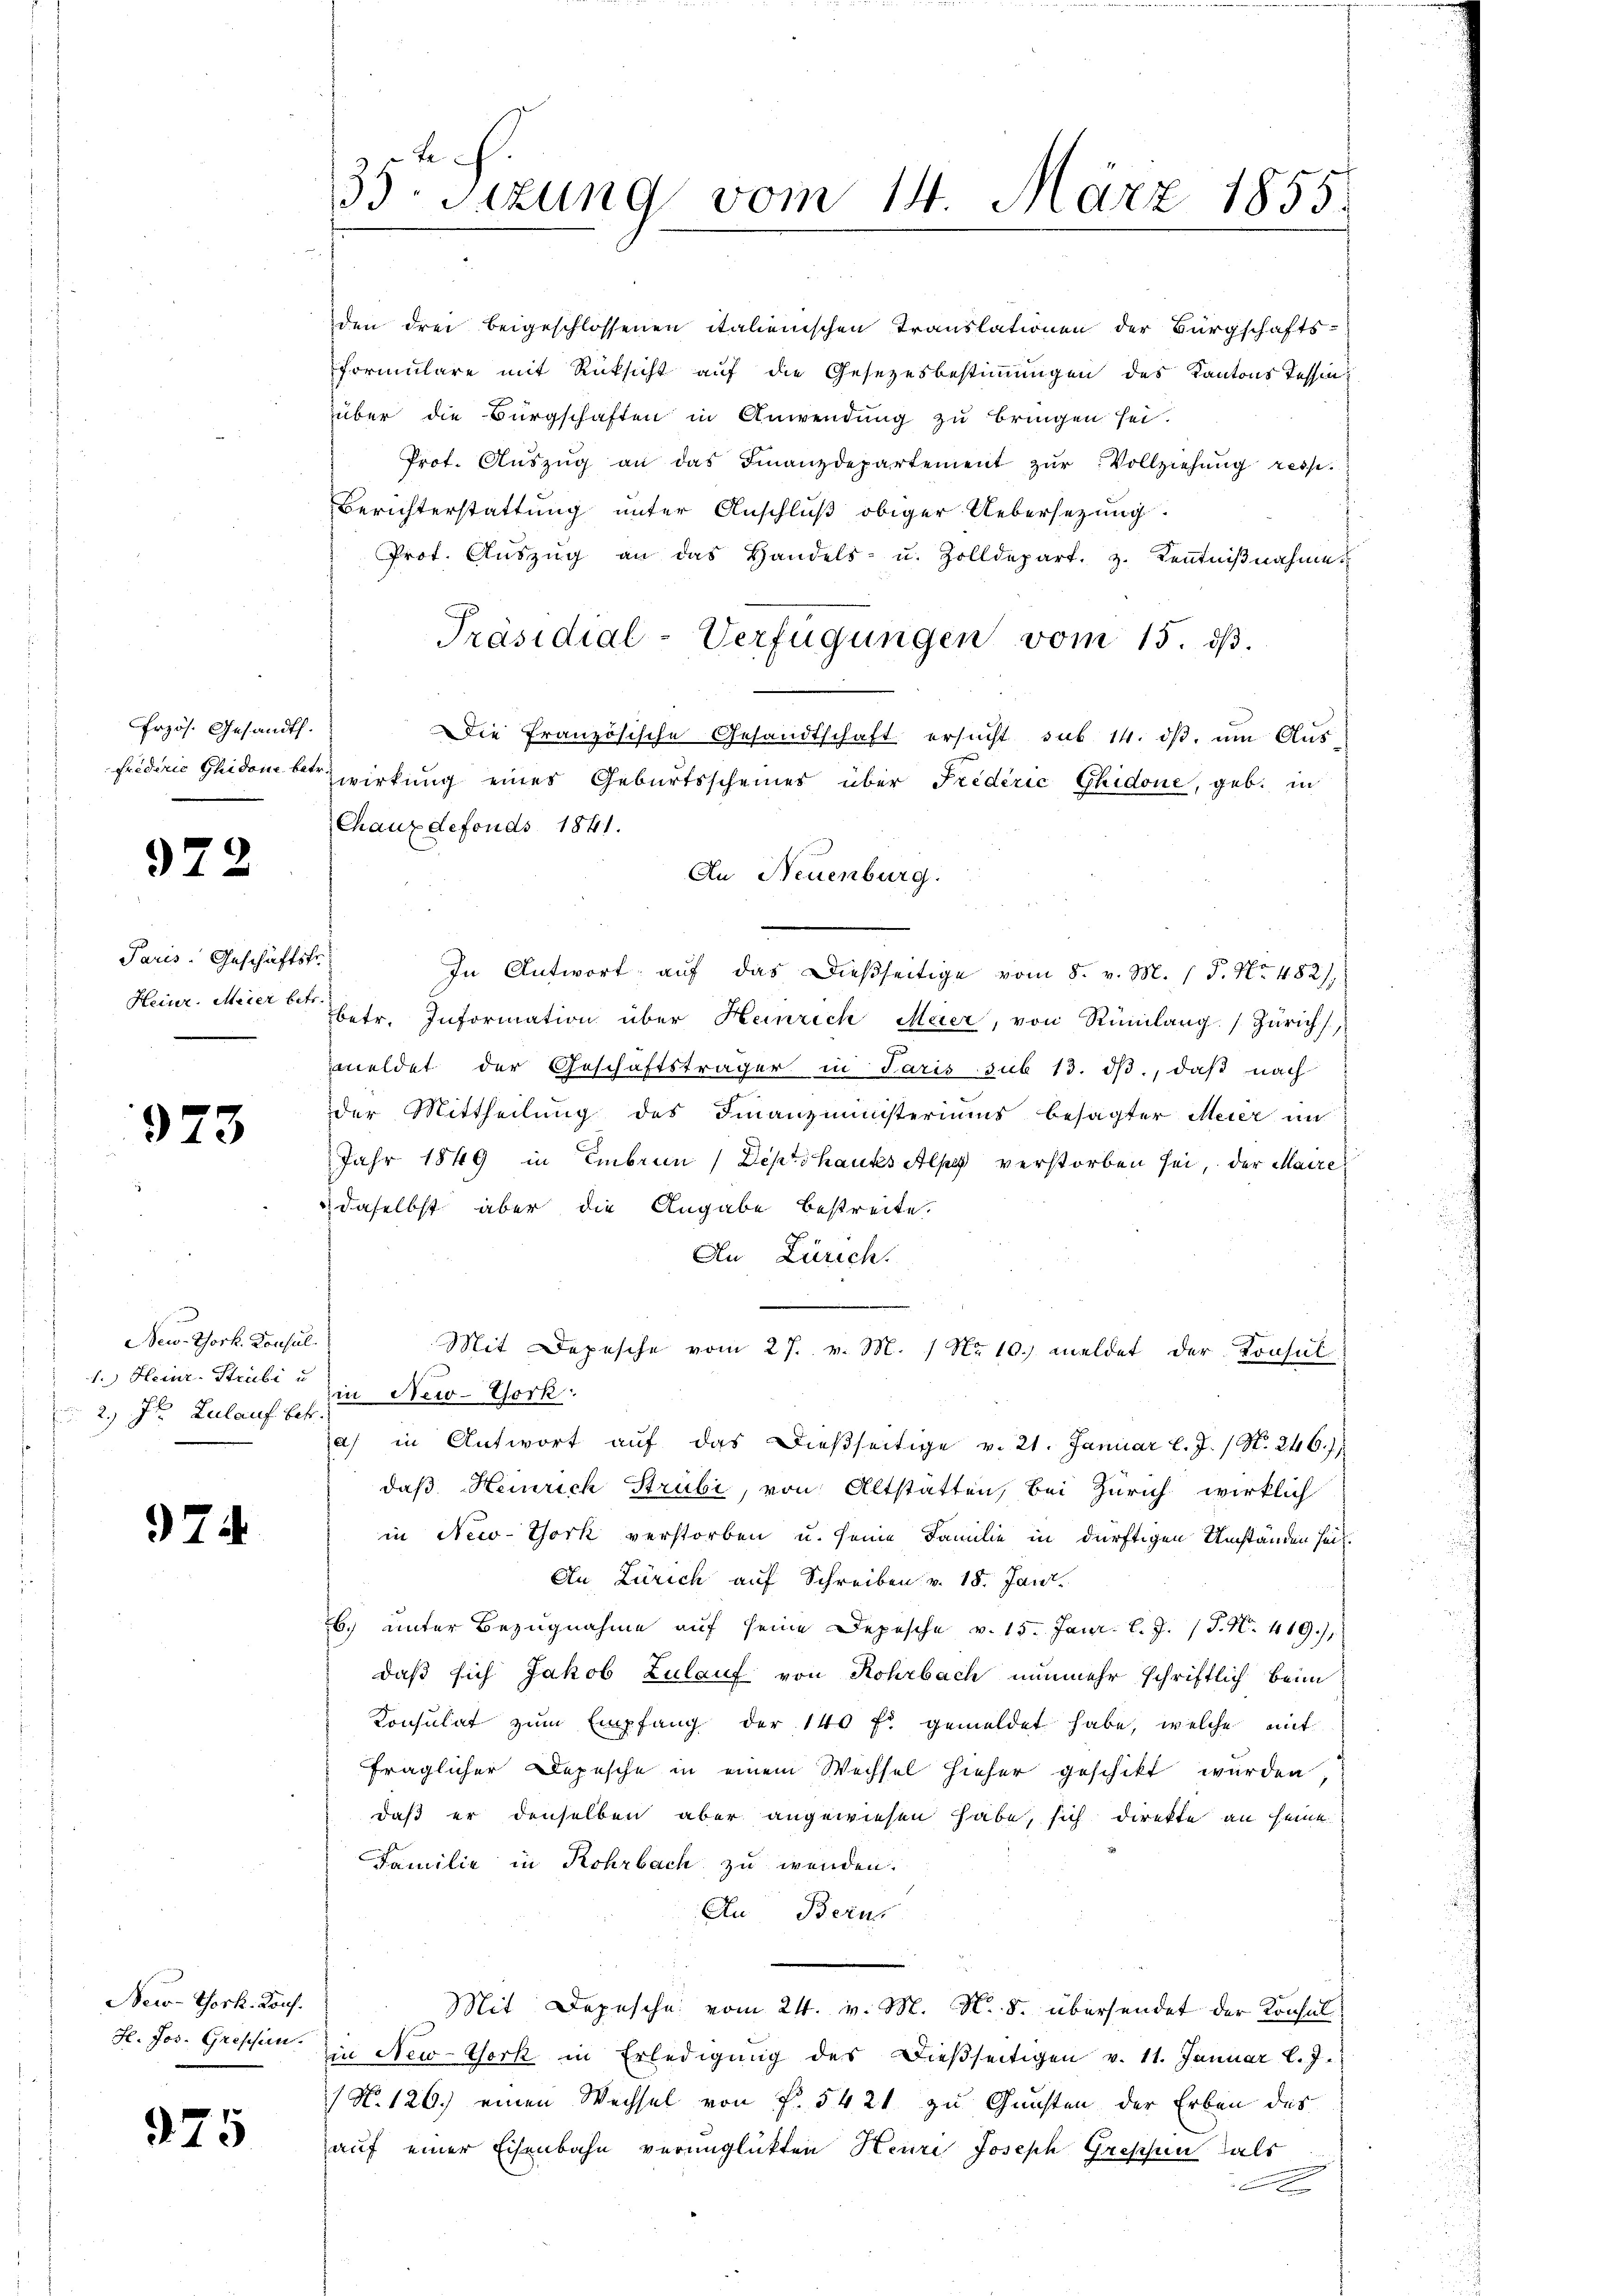
Frzös. Gesandt.
.

972

Paris. Geschäftsfr.

973

New-York. Konsul
1.) Heinr-Strubi u
2.) In Zulauf betr.

974

New-York. Kons.
H. Jos. Greschen.

375

den drei beigeschlossenen italienischen Translationen der Bürgschafts-
Formulare mit Rücksicht auf die Gesetzesbestimmungen des Kantons Tessinüber die Bürgschaften in Anwendung zu bringen sei.
Prot. Aŭszŭg an das Finanzdepartement zŭr Vollziehung resp.
Berichterstattung unter Anschluß obiger Uebersezung
Prot. Aŭszŭg an das Handels- u. Zolldepart. 3. Keṅtniβnahme
Präsidial-Verfügungen vom 15. dβ.
Die französische Gesandtschaft ersucht sub 14. ds, um Aus
friderie Glidon betr. Zwirkung eines Geburtsscheines über Friderić Ghidone, geb. in
Chaux defonds 1841.
In Antwort auf das Dießseitige vom 8. v. M. P. Nr. 482/1
Heinr. Meier betr. Information über Heinrich Meier, von Rümlang. Zürich,
meldet der Geschäftsträger in Paris sub 13. dβ, daß nach
der Mittheilung des Finanzministeriums besagter Meier an
Jahr 1849 in Embrun (Deptshauks Alpe verstorben sei, der Maire,
daselbst aber die Angabe bestreite.
An Zürich.
Mit Depesche vom 27. v. M. 1 No 10.) meldet der Konsul
in New-York
a in Antwort aŭf das dießseitige v. 21. Januar l. J. / S. 246.)
daß Heinrich Strubi, von Altstatten, bei Zürich wirklich
in New-York verstorben u. seine Familie in dürftigen Umständen seit
An Zürich auf Schreiben v. 18. Janr.
6. unter Bezugnahme auf seine Depesche v. 15. Janr. l. J. P. Nr. 419.),
daß sich Jakob Zulauf von Rohrbach nunmehr schriftlich beim
Konsulat zŭm Empfang der 140 f. gemeldet habe, welche mit
fraglicher Depesche in einem Wechsel hieher geschikt wurden,
daß er denselben aber angewiesen habe, sich direkte an seine
Familie in Rohrbach zu wenden.
Au Berus
Mit Depesche vom 24. v. M. N. S. übersendet der Konsulin New-York in Erledigung des Dießseitigen v. 11. Januar l. J.
(N. 126.) einen Wechsel von f. 5421 zu Gunsten der Erben des
auf einer Eisenbahn verunglickten Henri Joseph Grischen als
A

35te Sizung vom 14. März 1855.

An Neuenburg.